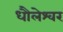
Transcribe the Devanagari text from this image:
धौलेश्वर